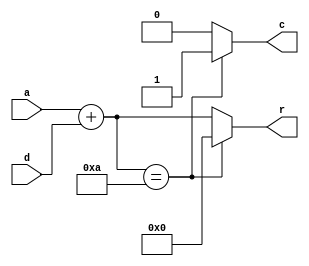
// Created by Jeevaka Dassanayake on 5/08/18.
//   Copyright (c) 2018 Jeevaka Dassanayake.

`timescale 1ns / 1ps

module BcdInc( input [3:0] a, input d, output reg [3:0] r, output reg c );

always @*
begin
	r = a + d;
	if( r == 4'b1010 )
		begin
		r = 4'b0000;
		c = 1'b1;
		end
	else
		c = 1'b0;
end

endmodule